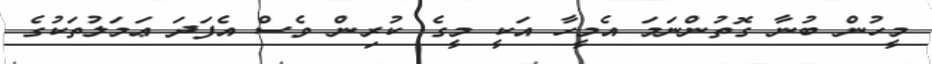
މީހުން ބުނާ ގޮތުންނަމަ އެމީހާ އަކީ މީގެ ކުރިން ވެސް އެފަދަ ޢަމަލުތަކުގެ